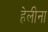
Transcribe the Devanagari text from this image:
हेलीना